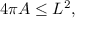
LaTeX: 4 \pi A \leq L ^ { 2 } ,